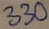
Text: 330